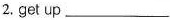
2. get up ___